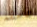
فاسقة